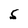
Character: S